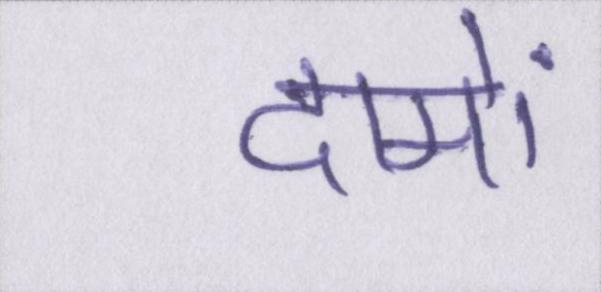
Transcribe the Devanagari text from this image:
दामों